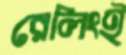
রেলিংই